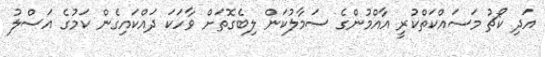
އަދި ކޯޗު މަސައްކަތްކުރީ އާއްމުންގެ ސަމާލުކަން ލިބެގޮތަށް ވާހަކަ ދައްކައިގެން ކަމުގެ އަސްލު